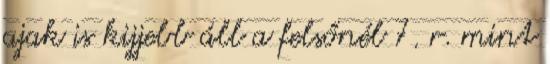
ajak is kijjebb áll a felsőnél 7. r. mint